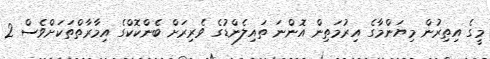
މީގެ އިތިރުން މިޔަންމާގެ އިރުމަތިން އޮންނަ ތައިލެންޑުގެ ވެރިރަށް ބެންކޮކްގެ އިމާރާތްތަކަށްވެސް 2